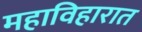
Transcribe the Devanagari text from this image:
महाविहारात